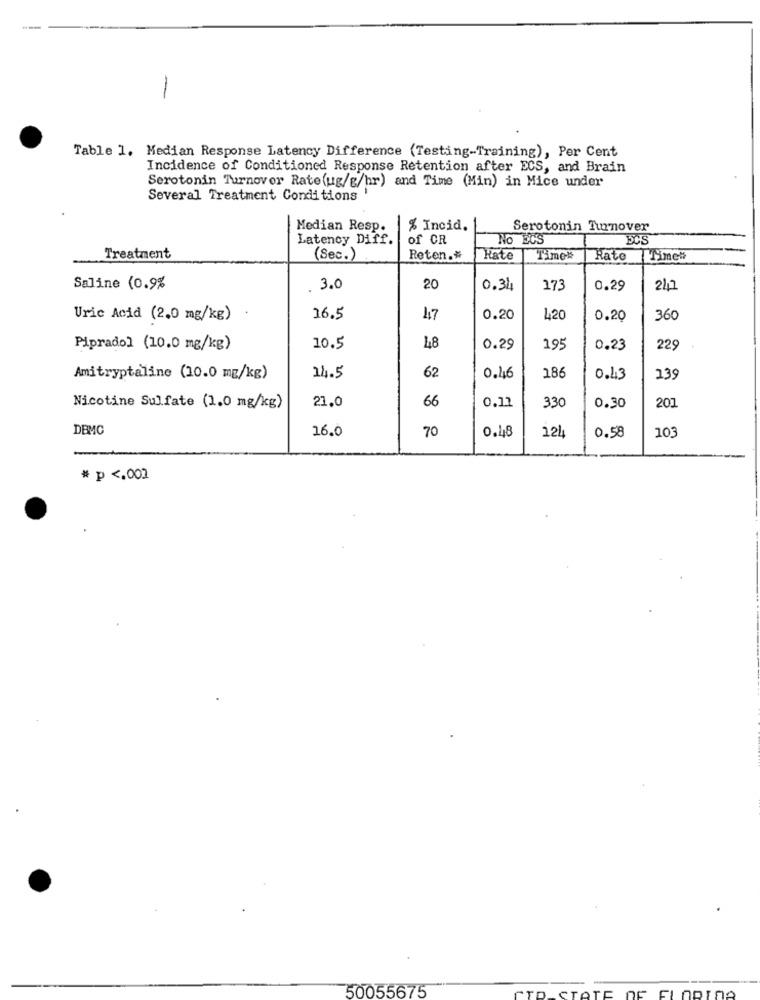
-
Table 1. Median Response Latency Difference (Testing-Training), Per Cent
Incidence of Conditioned Response Retention after ECS, and Brain
Serotonin Turnover Rate(ug/g/hr) and Time (Min) in Mice under
Several Treatment Conditions
Median Resp.
% Incid.
Serotonin Turnover
Latency Diff.
of CR
No ECS
BCS
Treatment
(Sec.)
Reten .*
Kato
Timex
Rate
Timen
Saline (0.9%
3.0
20
0.31
173
0.29
21
Uric Acid (2.0 mg/kg)
16.5
47
0.20
420
0.20
360
Pipradol (10.0 mg/kg)
10.5
48
0.29
195
0.23
229
62
18
Amitryptaline (10.0 mg/kg)
14.5
0.46
0.43
135
21.0
66
20
Nicotine Sulfate (1.0 mg/kg)
0.12
330
0.30
DEMC
16.0
70
0.48
121
0.58
103
# p <. 002
50055675
PT